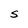
Character: S